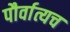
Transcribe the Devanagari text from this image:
पौर्वात्यच